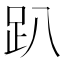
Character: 趴